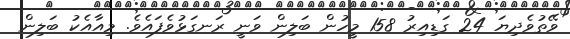
ވޭތުވެދިޔަ 24 ގަޑިއިރު 158 މީހުން ބަލިން ވަނީ ރަނގަޅުވެފައެވެ. މިއާއެކު ބަލިން